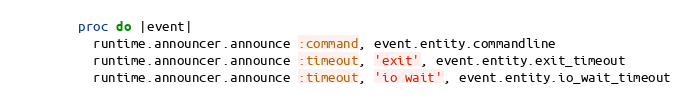
Language: Ruby
        proc do |event|
          runtime.announcer.announce :command, event.entity.commandline
          runtime.announcer.announce :timeout, 'exit', event.entity.exit_timeout
          runtime.announcer.announce :timeout, 'io wait', event.entity.io_wait_timeout